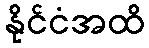
နိုင်ငံအထိ